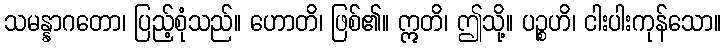
သမန္နာဂတော၊ ပြည့်စုံသည်။ ဟောတိ၊ ဖြစ်၏။ ဣတိ၊ ဤသို့။ ပဉ္စဟိ၊ ငါးပါးကုန်သော။